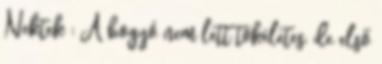
Nektek : A bogyó nem lett tökéletes, de első